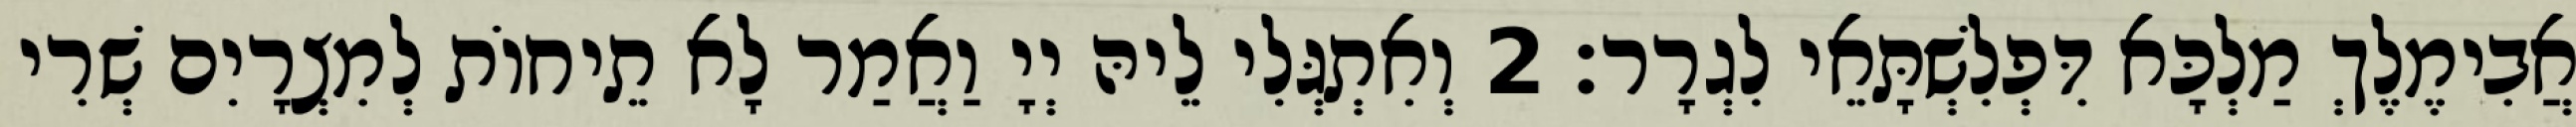
אֲבִימֶלֶךְ מַלְכָּא דִּפְלִשְׁתָּאֵי לִגְרָר׃ 2 וְאִתְגְּלִי לֵיהּ יְיָ וַאֲמַר לָא תֵיחוֹת לְמִצְרָיִם שְׁרִי